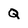
Character: Q